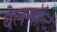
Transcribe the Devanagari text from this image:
बेलमॉन्ट